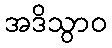
အဒိသွာဝ